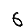
Digit: 6